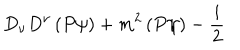
D _ { \nu } D ^ { \nu } \left( P \psi \right) + m ^ { 2 } \left( P \psi \right) - \frac { i } { 2 }